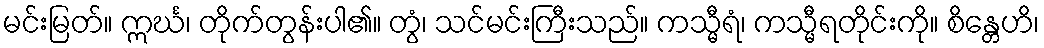
မင်းမြတ်။ ဣင်္ဃ၊ တိုက်တွန်းပါ၏။ တွံ၊ သင်မင်းကြီးသည်။ ကသ္မီရံ၊ ကသ္မီရတိုင်းကို။ စိန္တေဟိ၊